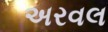
અરવલ